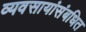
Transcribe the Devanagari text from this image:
व्यवसायांसंबधित